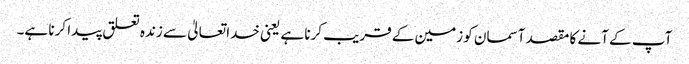
آپ کے آنے کا مقصد آسمان کو زمین کے قریب کرنا ہے یعنی خدا تعالیٰ سے زندہ تعلق پیدا کرنا ہے۔